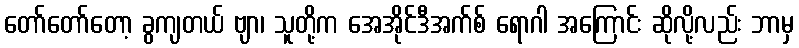
တော်တော်တော့ ခွကျတယ် ဗျာ၊ သူတို့က အေအိုင်ဒီအက်စ် ရောဂါ အကြောင်း ဆိုလို့လည်း ဘာမှ